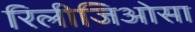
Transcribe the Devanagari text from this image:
रिलीजिओसा